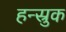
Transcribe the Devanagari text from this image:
हन्स्रुक